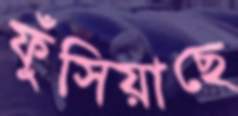
ফুঁসিয়াছে